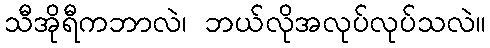
သီအိုရီကဘာလဲ၊ ဘယ်လိုအလုပ်လုပ်သလဲ။